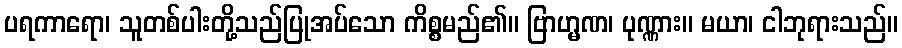
ပရကာရော၊ သူတစ်ပါးတို့သည်ပြုအပ်သော ကိစ္စမည်၏။ ဗြာဟ္မဏ၊ ပုဏ္ဏား။ မယာ၊ ငါဘုရားသည်။